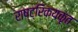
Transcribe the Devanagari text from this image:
राष्ट्रिकयकृत